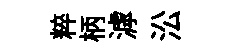
粹柄滹㳂